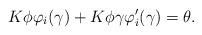
LaTeX: \begin{align*}K\phi\varphi_{i}(\gamma)+K\phi\gamma\varphi^{\prime}_{i}(\gamma)=\theta.\end{align*}